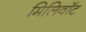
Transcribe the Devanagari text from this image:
मिलिवॉट